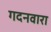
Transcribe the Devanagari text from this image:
गदनवारा